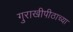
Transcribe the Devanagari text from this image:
गुराखीपीठाच्या